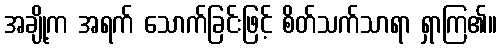
အချို့က အရက် သောက်ခြင်းဖြင့် စိတ်သက်သာရာ ရှာကြ၏။